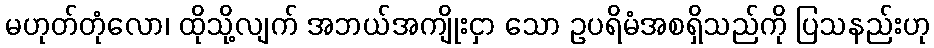
မဟုတ်တုံလော၊ ထိုသို့လျက် အဘယ်အကျိုးငှာ သော ဥပရိမံအစရှိသည်ကို ပြသနည်းဟု